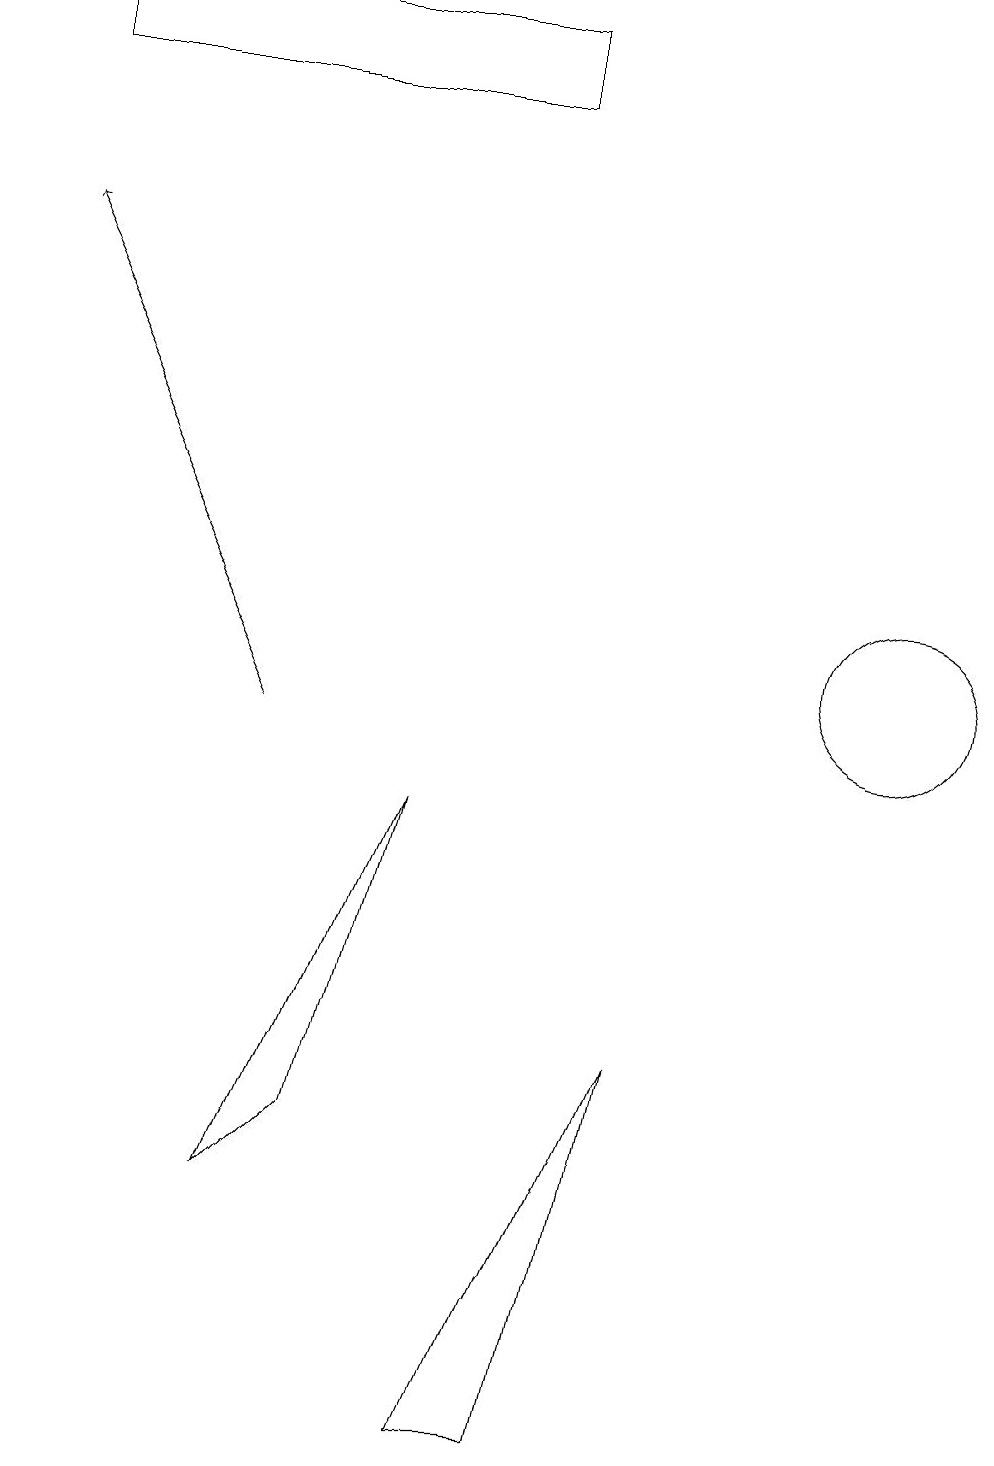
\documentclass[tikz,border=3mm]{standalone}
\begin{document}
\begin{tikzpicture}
\draw (7,1) -- (8,6) -- (6,1) -- cycle;
\draw (3,4) -- (4,5) -- (5,9) -- cycle;
\draw[->] (3,10) -- (0,16);
\draw (11,11) circle (1);
\draw (0,18) rectangle (6,19);
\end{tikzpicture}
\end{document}